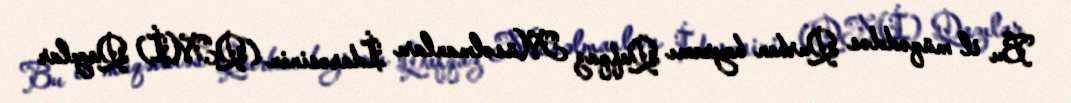
Bu il müqəddəs Qurban bayramı Qafqaz Müsəlmanları İdarəsinin (QMİ) Qazılar